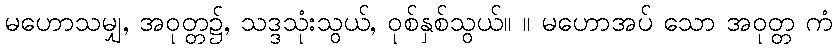
မဟောသမျှ, အဝုတ္တ၌, သဒ္ဒသုံးသွယ်, ဝုစ်နှစ်သွယ်။ ။ မဟောအပ် သော အဝုတ္တ ကံ